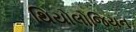
થિયોલોજિયન